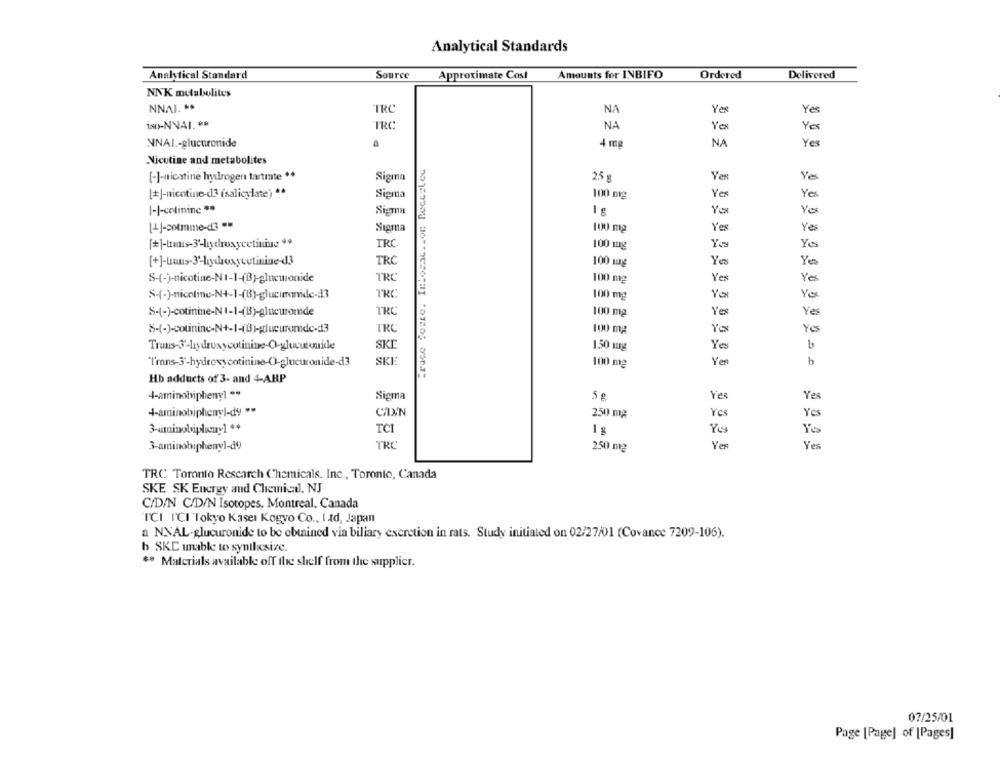
Analytical Standards
Analytical Standard
Source
Approximate Cost
Amounts for INBIFO
Ordered
Delivered
NNK metabolites
NNAJ. **
"TRC
NA
Yes
Yes
iso-NVAI. **
IRC
NA
Yex
Yes
NNAI .- glucuronide
4 mg
NA
Yes
Nicotine and metabolites
.ruce forte. ItLosat .. or Roct:Lou
[-]-nichtine hydrogen tartmte **
Yer
Sigma
25 g
Yes
[+]-nicotine-13 (salicylate) **
Sigma
100 mg
Yes
Yes
I-I-colininc **
Sigma
1 g
Yes
[4]-cotmme-d3 **
Sigma
100 mg
Yes
Yes
IRC
Yo
Yes
100 mg
TRC
100 mg
Yes
Yes
TRO
100 mg
Yes
Yes
S-(-)-nicotine-N+-1-(B)-glucimanide-13
TRC
100 mg
Yo
Yes
S-(-)-cotinine-N 1-1-(13)-glucuronide
TRC
100 mg
Yes
Yes
8-(-)-cotinine-N+-1-(B)-glucuronide-d3
YES
TRC
100 mg
Yes
SKE
150 mg
Yes
SKI
100 mg
Yes
b
Hb adducts of 3- and 4-ABP
4-aminobiphenyl **
Siema
5 g
Yes
Yes
4-aminobiphenyl-dy ">
CINN
Yes
Yes
250 mg
3-aminobipliczy] **
TCI
1 g
3-aminobiphenyl-de
TRC
250 mg
Yes
Yes
TRC Toronto Rescarch Chemicals. Inc ., Toronto, Canada
SKE SK Energy and Chemical, NJ
C/D/N C/D/N Isotopes, Montreal, Canada
ICI TCI Tokyo Kasei Kogyo Co ., Ltd, Japan
a NNAL-glucuronide to be obtained via biliary excretion in rats. Study initiated on 02/27/01 (Covance 7209-106).
b SKC unable to synthesize.
** Materials available off the shelf from the supplier.
07/25/01
Page [Page] of [Pages]